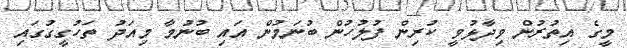
މީގެ އިތުރުން ވިދާޅުވީ ކުރިން ފުލުހުން ބުނަމުން އައި ބުނުމާ މިއަދު ތަހުގީގުގައި